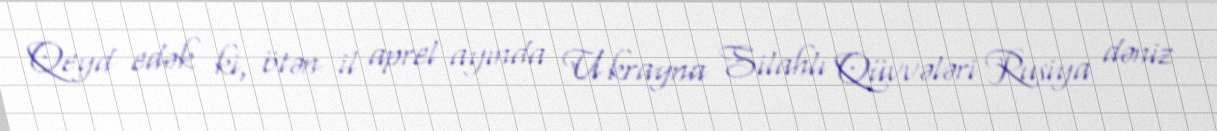
Qeyd edək ki, ötən il aprel ayında Ukrayna Silahlı Qüvvələri Rusiya dəniz